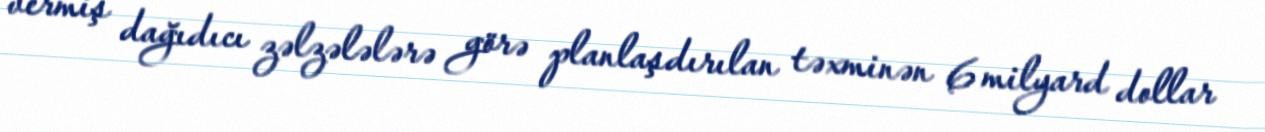
vermiş dağıdıcı zəlzələlərə görə planlaşdırılan təxminən 6 milyard dollar